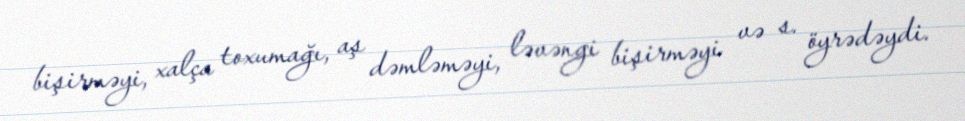
bişirməyi, xalça toxumağı, aş dəmləməyi, ləvəngi bişirməyi və s. öyrədəydi.